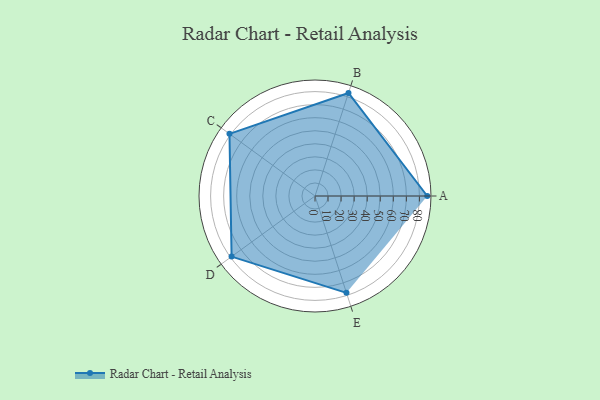
{"axis": {"x": "Skill", "y": "Score"}, "legend": ["Profile"], "data": [{"x": "A", "y": 86.0, "type": "Profile"}, {"x": "B", "y": 83.0, "type": "Profile"}, {"x": "C", "y": 81.0, "type": "Profile"}, {"x": "D", "y": 79.0, "type": "Profile"}, {"x": "E", "y": 78.0, "type": "Profile"}]}